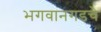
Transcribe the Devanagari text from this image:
भगवानगडचे